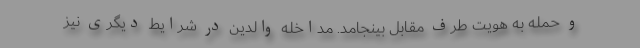
و حمله به هویت طرف مقابل بینجامد. مداخله والدین در شرایط دیگری نیز